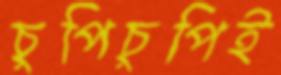
চুপিচুপিই